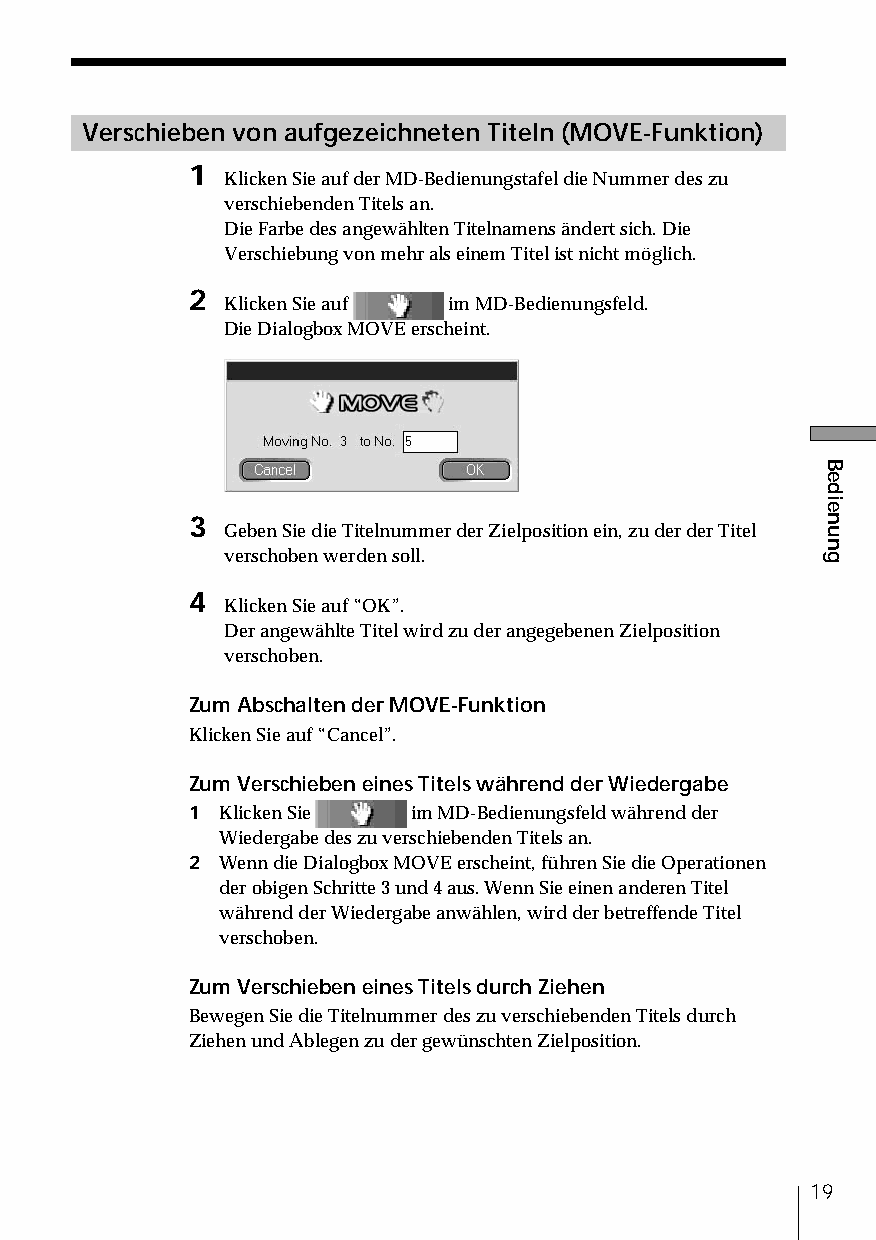
Verschieben von aufgezeichneten Titeln (MOVE-Funktion)
 1
 Klicken Sie auf der MD-Bedienungstafel die Nummer des zu
 verschiebenden Titels an.
 Die Farbe des angewählten Titelnamens ändert sich. Die
 Verschiebung von mehr als einem Titel ist nicht möglich.
 2
 Klicken Sie auf im MD-Bedienungsfeld.
 Die Dialogbox MOVE erscheint.
 3
 Geben Sie die Titelnummer der Zielposition ein, zu der der Titel
 verschoben werden soll.
 4
 Klicken Sie auf “OK”.
 Der angewählte Titel wird zu der angegebenen Zielposition
 verschoben.
 Zum Abschalten der MOVE-Funktion
 Klicken Sie auf “Cancel”.
 Zum Verschieben eines Titels während der Wiedergabe
 1 Klicken Sie  im MD-Bedienungsfeld während der
 Wiedergabe des zu verschiebenden Titels an.
 2 Wenn die Dialogbox MOVE erscheint, führen Sie die Operationen
 der obigen Schritte 3 und 4 aus. Wenn Sie einen anderen Titel
 während der Wiedergabe anwählen, wird der betreffende Titel
 verschoben.
 Zum Verschieben eines Titels durch Ziehen
 Bewegen Sie die Titelnummer des zu verschiebenden Titels durch
 Ziehen und Ablegen zu der gewünschten Zielposition.
 19
 Bedienung